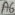
Text: A6